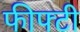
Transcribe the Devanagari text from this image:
फीफ्टी